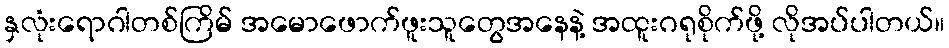
နှလုံးရောဂါတစ်ကြိမ် အမောဖောက်ဖူးသူတွေအနေနဲ့ အထူးဂရုစိုက်ဖို့ လိုအပ်ပါတယ်။